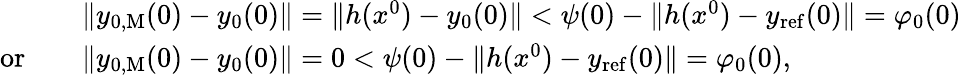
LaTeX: \begin{array}{rl}&{\| y_{0,\mathrm{M}}(0)-y_{0}(0)\| =\| h(x^{0})-y_{0}(0)\| <\psi(0)-\| h(x^{0})-y_{\mathrm{ref}}(0)\| ={\varphi_{0}(0)}}\\ {\mathrm{or}\quad}&{\| y_{0,\mathrm{M}}(0)-y_{0}(0)\| =0<\psi(0)-\| h(x^{0})-y_{\mathrm{ref}}(0)\| =\varphi_{0}(0),}\end{array}